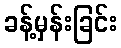
ခန့်မှန်းခြင်း